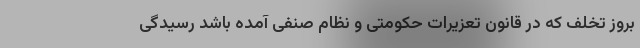
بروز تخلف که در قانون تعزیرات حکومتی و نظام صنفی آمده باشد رسیدگی